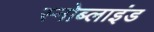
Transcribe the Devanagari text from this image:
स्नोब्लाइंड